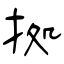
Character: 拠